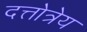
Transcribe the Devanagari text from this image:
दत्तोत्रेय